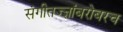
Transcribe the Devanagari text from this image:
संगीतज्ज्ञांबरोबरच